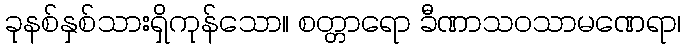
ခုနစ်နှစ်သားရှိကုန်သော။ စတ္တာရော ခီဏာသဝသာမဏေရာ၊